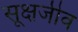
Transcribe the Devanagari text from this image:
सूक्षजीव